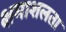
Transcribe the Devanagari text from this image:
क्षमाशलता